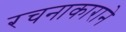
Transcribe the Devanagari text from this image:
रचनाकाराने